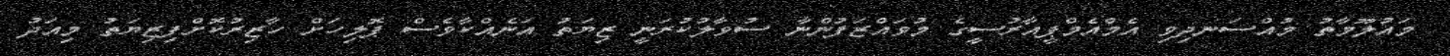
މައުލޫމާތު މުއްސަނދިވި އެމްއެމްޕީއާރުސީގެ މުވައްޒަފުންނާ ސުވާލުކުރަނީ ޒިޔަތު އަނެއްކާވެސް ޕޮލިހަށް ހާޒިރުކޮށްފިޒިޔަތު މިއަދު